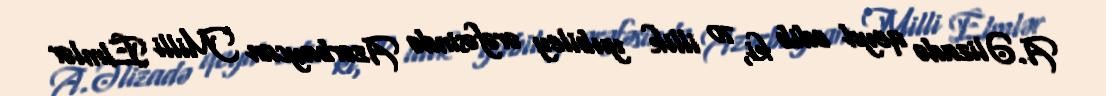
A.Əlizadə qeyd edib ki, 70 illik yubiley ərəfəsində Azərbaycan Milli Elmlər